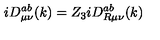
i D _ { \mu \nu } ^ { a b } ( k ) = Z _ { 3 } i D _ { R \mu \nu } ^ { a b } ( k )